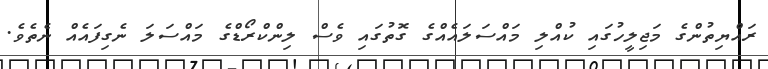
ރައްޔިތުންގެ މަޖިލީހުގައި ކުއްލި މައްސަލައެއްގެ ގޮތުގައި ވެސް ލިންކްރޯޑްގެ މައްސަލަ ނެގިފައެއް ނެތެވެ.